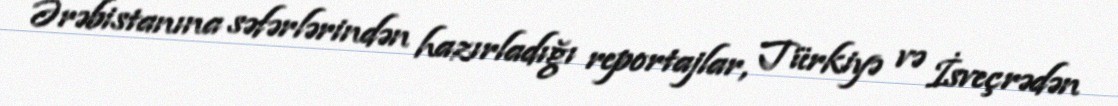
Ərəbistanına səfərlərindən hazırladığı reportajlar, Türkiyə və İsveçrədən